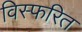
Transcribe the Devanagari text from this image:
विस्फरित